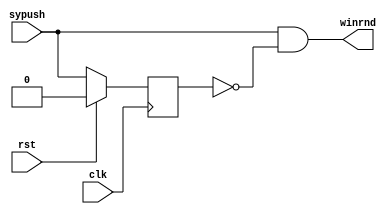
module opp(sypush, clk, rst, winrnd);
	input sypush, clk, rst;
	output winrnd;

	reg Q;

	always @ (posedge clk) 
	begin
		if(rst)
			Q <= 0;
		else
			Q <= sypush;
	end
	assign winrnd = sypush & ~Q;

endmodule